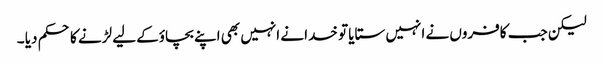
لیکن جب کافروں نے انہیں ستایا تو خدا نے انہیں بھی اپنے بچاؤکے لیے لڑنے کا حکم دیا ۔